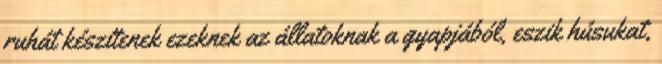
ruhát készítenek ezeknek az állatoknak a gyapjából, eszik húsukat,